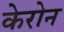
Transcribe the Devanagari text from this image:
केरोन